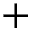
+